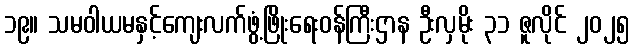
၁၉။ သမဝါယမနှင့်ကျေးလက်ဖွံ့ဖြိုးရေးဝန်ကြီးဌာန ဦးလှမိုး ၃၁ ဇူလိုင် ၂၀၂၅